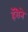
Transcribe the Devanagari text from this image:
हॅरीने